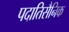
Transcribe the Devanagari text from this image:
पदातिसैनिक